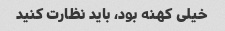
خیلی کهنه بود، باید نظارت کنید